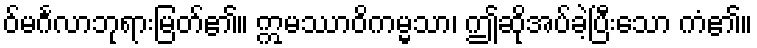
ဝ်မင်္ဂလာဘုရားမြတ်၏။ ဣမဿာဝိကမ္မသာ၊ ဤဆိုအပ်ခဲ့ပြီးသော ကံ၏။